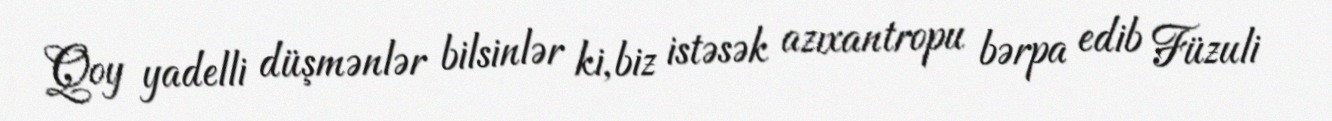
Qoy yadelli düşmənlər bilsinlər ki, biz istəsək azıxantropu bərpa edib Füzuli